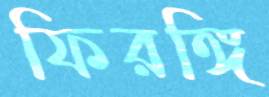
ফিরঙ্গি